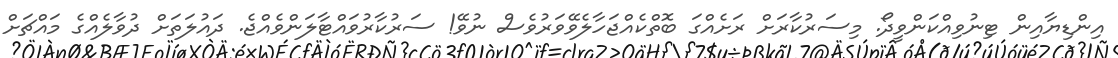
އިންޑިޔާއިން ޓިނުވިއްކަންވީދޯ. މިސަރުކާރަށް ރަށެއްގަ ބޮތްކެއްޖަހާލެވޭވަރުވެސް ނުވޭ! ސަރުކާރުވައްޓާލަންވެއްޖެ. ދައުލަތަށް ދުވާލެއްގެ މައްޗަށް